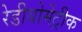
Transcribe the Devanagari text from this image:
रेडीयोमेट्रीक